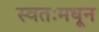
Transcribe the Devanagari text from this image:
स्वतःमधून